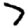
Digit: 7